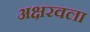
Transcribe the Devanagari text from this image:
अक्षरवला